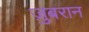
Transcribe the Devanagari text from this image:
ज़ुबरान